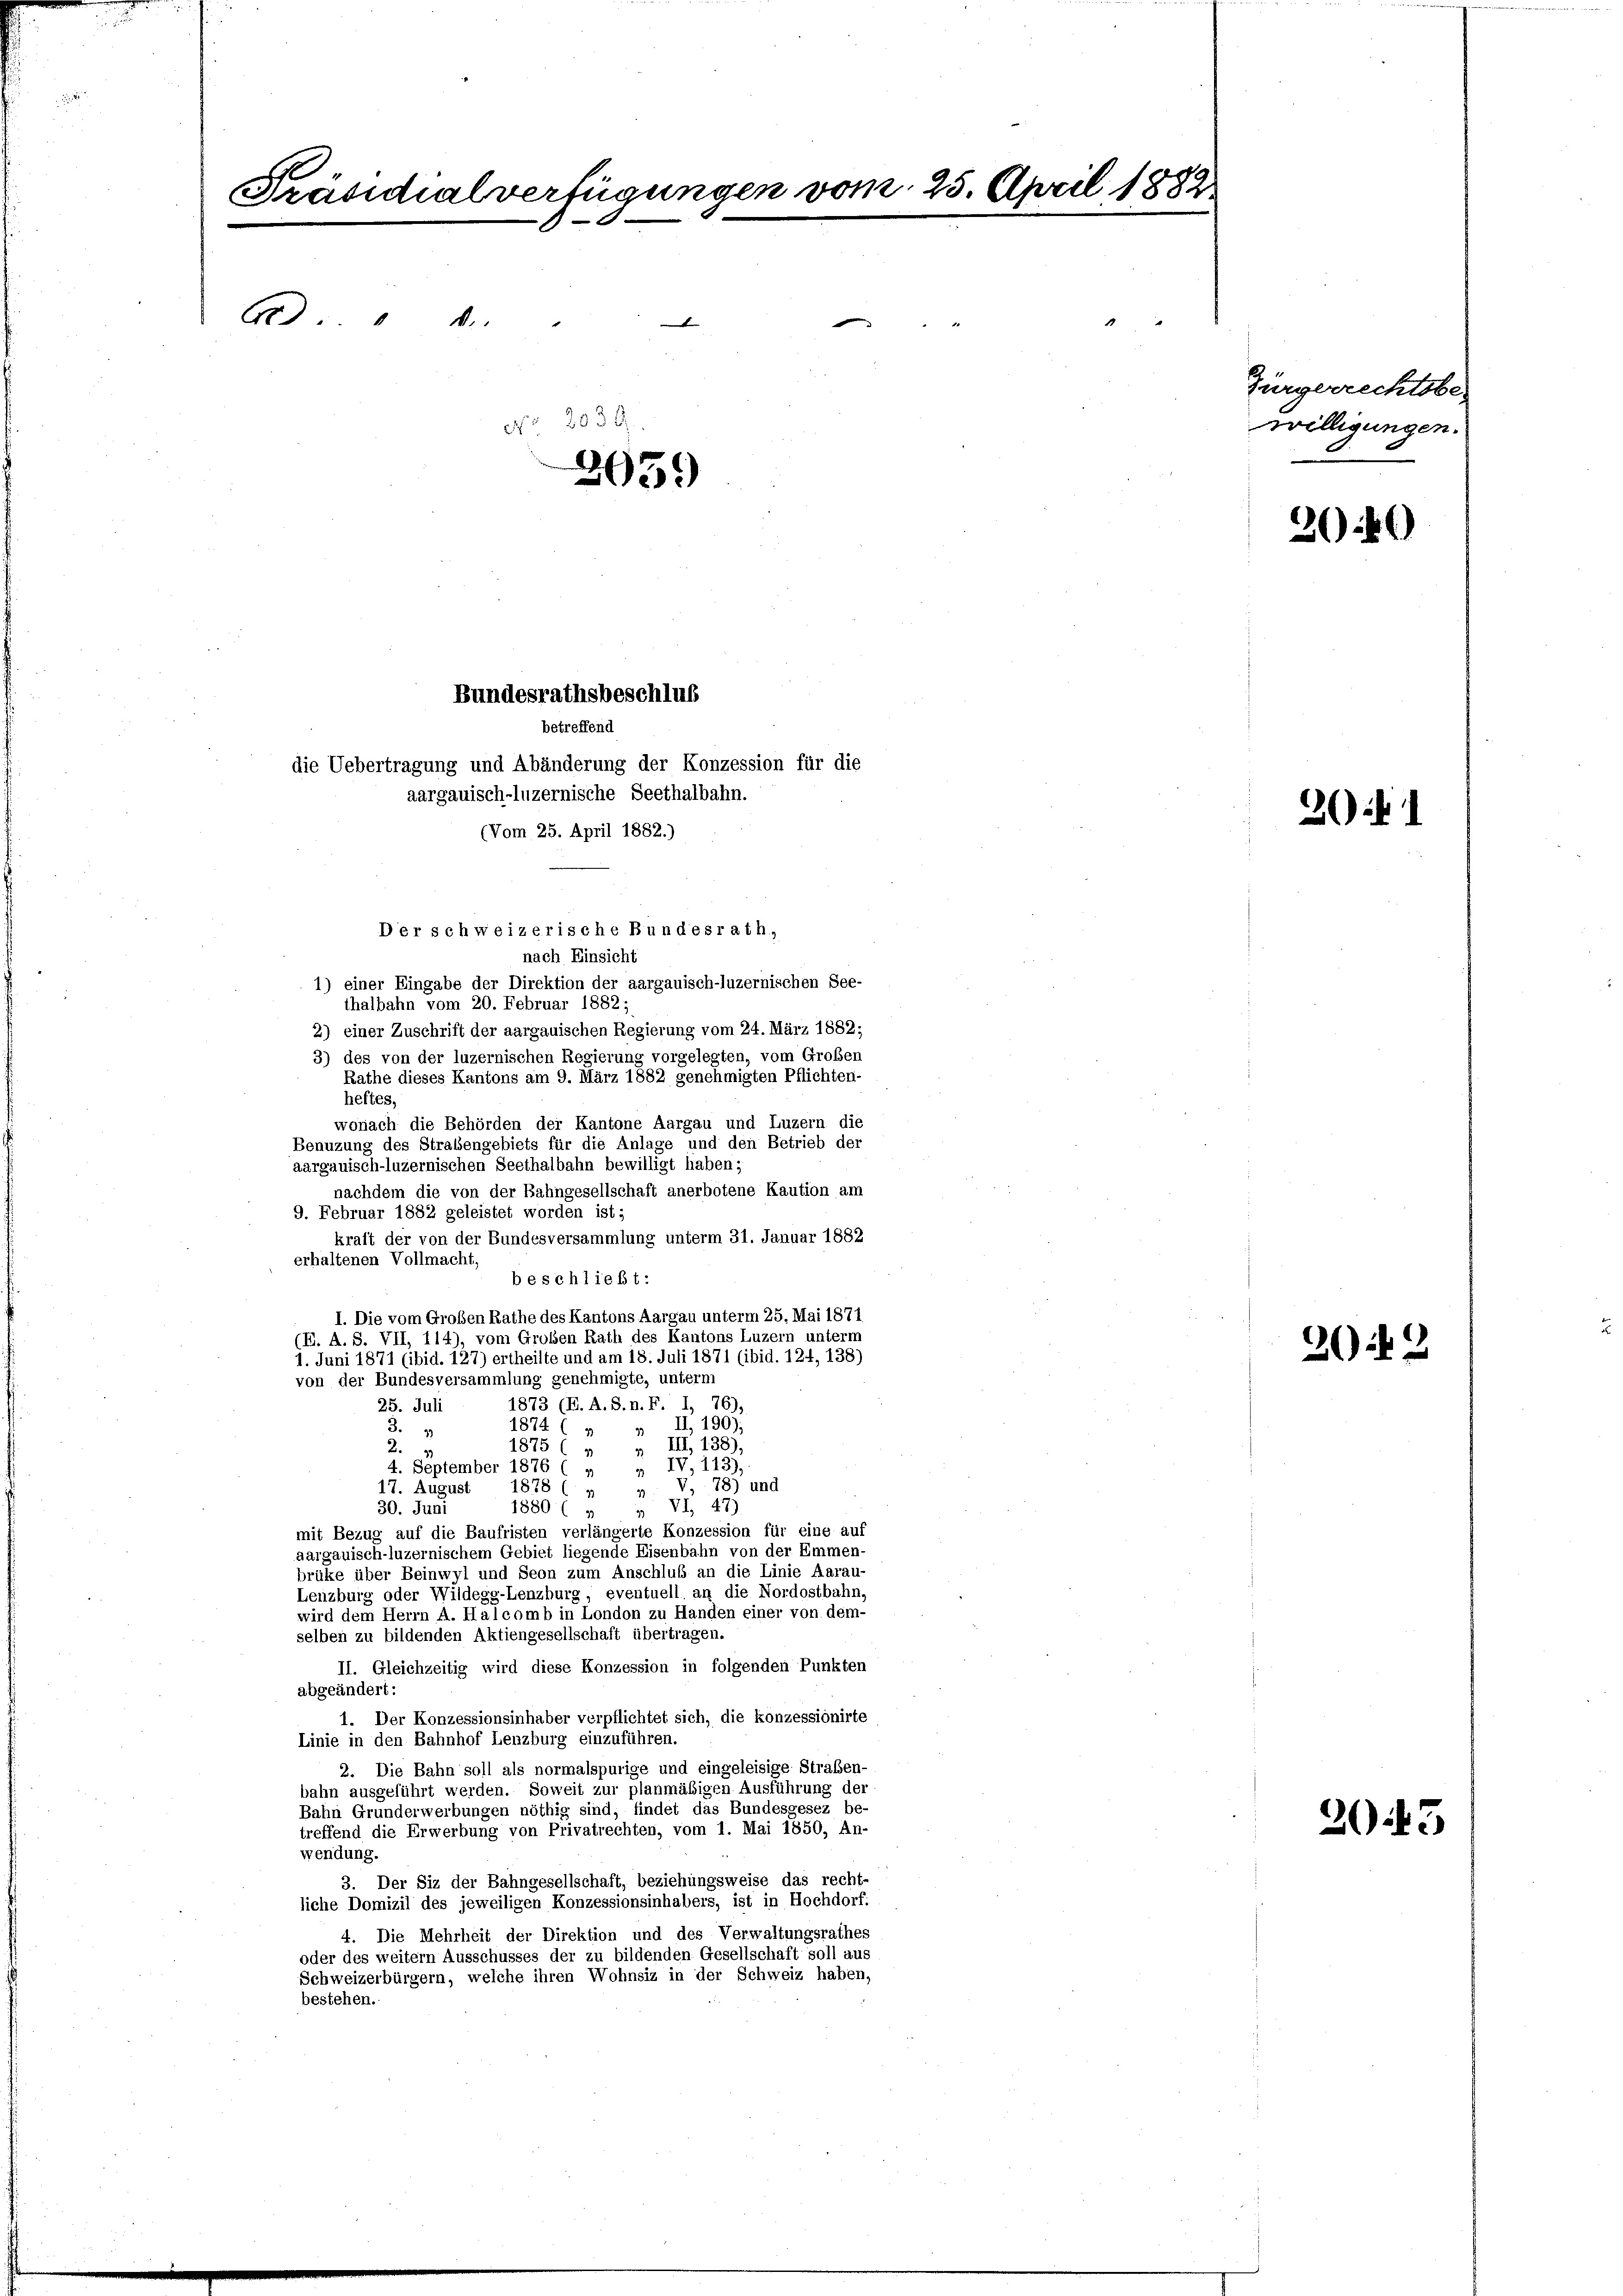
Präsidialverfügungen vom 25. April 1882
Ad. "
1
d
No 2039
3959

Bundesrathsbeschluß
Der schweizerische Bundesrath,

betreffend
die Uebertragung und Abänderung der Konzession für die
aargauisch-luzernische Seethalbahn.

nach Einsicht
1) einer Eingabe der Direktion der aargauisch-luzernischen See-
thalbahn vom 20. Februar 1882;
2) einer Zuschrift der aargauischen Regierung vom 24. März 1882;
3) des von der luzernischen Regierung vorgelegten, vom Groben
Rathe dieses Kantons am 9. März 1882 genehmigten Pflichten-
heftes,
wonach die Behörden der Kantone Aargau und Luzern die
Benuzung des Straßengebiets für die Anlage und den Betrieb der
aargauisch-luzernischen Seethalbahn bewilligt haben;
nachdem die von der Bahngesellschaft anerbotene Kaution am
9. Februar 1882 geleistet worden ist;
kraft der von der Bundesversammlung unterm 31. Januar 1882
erhaltenen Vollmacht
beschließt:
I. Die vom Großen Rathe des Kantons Aargau unterm 25. Mai 1871
(E. A. S. VII, 114), vom Großen Rath des Kantons Luzern unterm
1. Juni 1871 (ibid. 127) ertheilte und am 18. Juli 1871 (ibid. 124, 138)
von der Bundesversammlung genehmigte, unterm
1873 (E. A. S. n. F. I, 76),
25. Juli
„ II, 190);
1874 (
3.
1875 ( „ „ III, 138),
2.
4. September 1876 ( „ „ IV, 143),
V. 78) und
17. August 1878 ( »
97
1880 ( „ „ VII 47)
30. Juni
mit Bezug auf die Baufristen verlängerte Konzession für eine auf
aargauisch-luzernischem Gebiet liegende Eisenbahn von der Emmen-
brüke über Beinwyl und Seon zum Anschluß an die Linie Aarau-
Lenzburg oder Wildegg-Lenzburg, eventuell an die Nordostbahn,
wird dem Herrn A. Halcomb in London zu Handen einer von dem-
selben zu bildenden Aktiengesellschaft übertragen.
II. Gleichzeitig wird diese Konzession in folgenden Punkten
abgeändert:
1. Der Konzessionsinhaber verpflichtet sich, die konzessionirte
Linie in den Bahnhof Lenzburg einzuführen.
2. Die Bahn soll als normalspurige und eingeleisige Straßen-
bahn ausgeführt werden. Soweit zur planmäßigen Ausführung der
Bahn Grunderwerbungen nöthig sind, findet das Bundesgesez be-
treffend die Erwerbung von Privatrechten, vom 1. Mai 1850, An-
wendung.
3. Der Siz der Bahngesellschaft, beziehungsweise das recht-
liche Domizil des jeweiligen Konzessionsinhabers, ist in Hochdorf:
4. Die Mehrheit der Direktion und des Verwaltungsrathes
oder des weitern Ausschusses der zu bildenden Gesellschaft soll aus
Schweizerbürgern, welche ihren Wohnsiz in der Schweiz haben,
bestehen.

(Vom 25. April 1882.)

Jürgerrechtsbe-
willigungen.

3040

2

202

2043